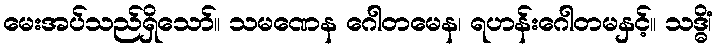
မေးအပ်သည်ရှိသော်။ သမဏေန ဂေါတမေန၊ ရဟန်းဂေါတမနှင့်။ သဒ္ဓိံ၊